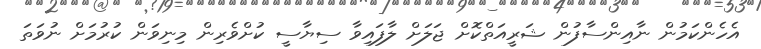
އެހެންކަމުން ނާއިންސާފުން ޝަރީއަތްކޮށް ޖަލަށް ލާފައިވާ ސިޔާސީ ކުށްވެރިން މިނިވަން ކުރުމަށް ނުވަތަ